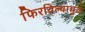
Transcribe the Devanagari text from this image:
फिरविल्यामुळे